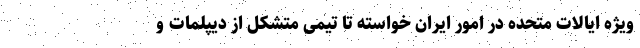
ویژه ایالات متحده در امور ایران خواسته تا تیمی متشکل از دیپلمات و